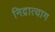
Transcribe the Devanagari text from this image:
निद्रात्याग